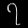
Digit: ၇